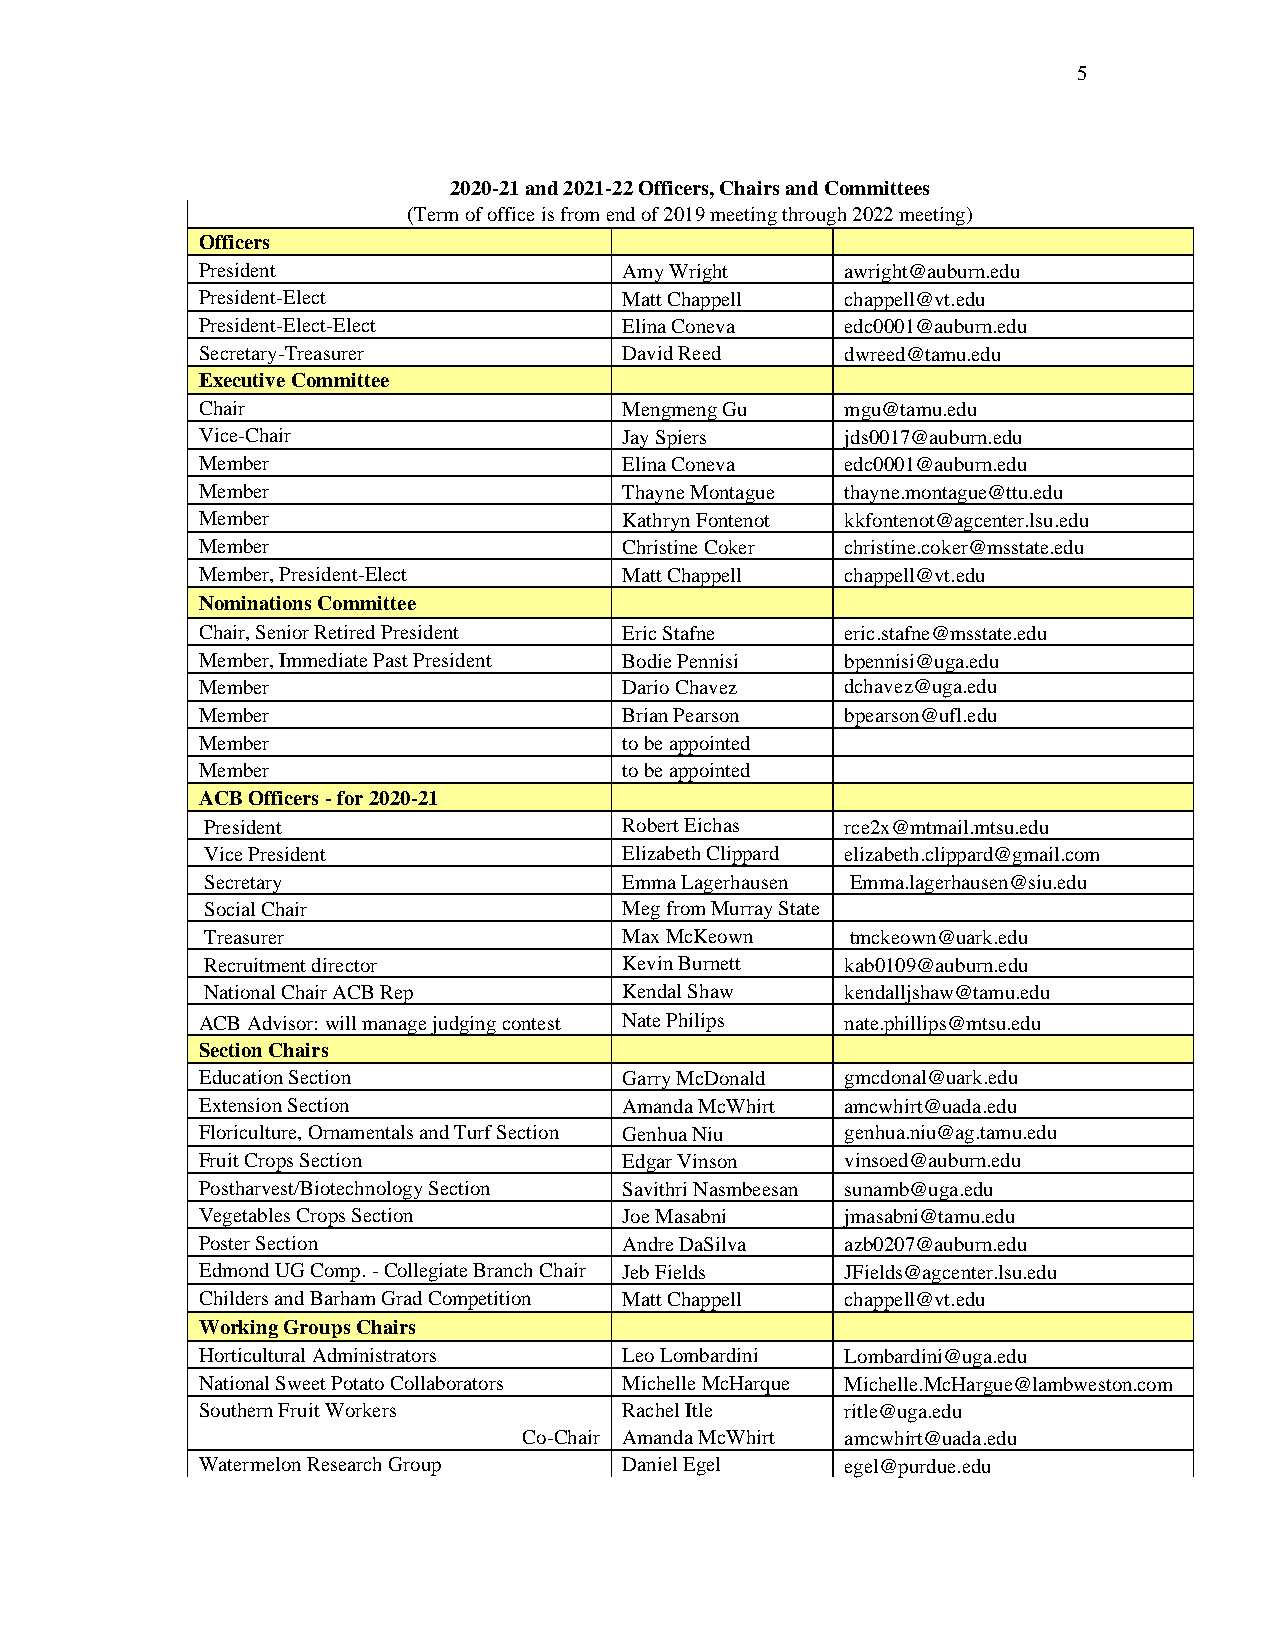
5
 2020-21 and 2021-22 Officers, Chairs and Committees
 (Term of office is from end of 2019 meeting through 2022 meeting)
 Officers
 President                   Amy Wright     awright@auburn.edu
 President-Elect             Matt Chappell  chappell@vt.edu
 President-Elect-Elect       Elina Coneva   edc0001@auburn.edu
 Secretary-Treasurer         David Reed     dwreed@tamu.edu
 Executive Committee
 Chair                       Mengmeng Gu    mgu@tamu.edu
 Vice-Chair                  Jay Spiers     jds0017@auburn.edu
 Member                      Elina Coneva   edc0001@auburn.edu
 Member                      Thayne Montague thayne.montague@ttu.edu
 Member                      Kathryn Fontenot kkfontenot@agcenter.lsu.edu
 Member                      Christine Coker christine.coker@msstate.edu
 Member, President-Elect     Matt Chappell  chappell@vt.edu
 Nominations Committee
 Chair, Senior Retired President Eric Stafne eric.stafne@msstate.edu
 Member, Immediate Past President Bodie Pennisi bpennisi@uga.edu
 Member                      Dario Chavez   dchavez@uga.edu
 Member                      Brian Pearson  bpearson@ufl.edu
 Member                      to be appointed
 Member                      to be appointed
 ACB Officers - for 2020-21
 President                  Robert Eichas  rce2x@mtmail.mtsu.edu
 Vice President             Elizabeth Clippard elizabeth.clippard@gmail.com
 Secretary                  Emma Lagerhausen Emma.lagerhausen@siu.edu
 Social Chair               Meg from Murray State
 Treasurer                  Max McKeown    tmckeown@uark.edu
 Recruitment director       Kevin Burnett  kab0109@auburn.edu
 National Chair ACB Rep     Kendal Shaw    kendalljshaw@tamu.edu
 ACB Advisor: will manage judging contest Nate Philips nate.phillips@mtsu.edu
 Section Chairs
 Education Section           Garry McDonald gmcdonal@uark.edu
 Extension Section           Amanda McWhirt amcwhirt@uada.edu
 Floriculture, Ornamentals and Turf Section Genhua Niu genhua.niu@ag.tamu.edu
 Fruit Crops Section         Edgar Vinson   vinsoed@auburn.edu
 Postharvest/Biotechnology Section Savithri Nasmbeesan sunamb@uga.edu
 Vegetables Crops Section    Joe Masabni    jmasabni@tamu.edu
 Poster Section              Andre DaSilva  azb0207@auburn.edu
 Edmond UG Comp. - Collegiate Branch Chair Jeb Fields JFields@agcenter.lsu.edu
 Childers and Barham Grad Competition Matt Chappell chappell@vt.edu
 Working Groups Chairs
 Horticultural Administrators Leo Lombardini Lombardini@uga.edu
 National Sweet Potato Collaborators Michelle McHarque Michelle.McHargue@lambweston.com
 Southern Fruit Workers      Rachel Itle    ritle@uga.edu
 Co-Chair Amanda McWhirt amcwhirt@uada.edu
 Watermelon Research Group   Daniel Egel    egel@purdue.edu